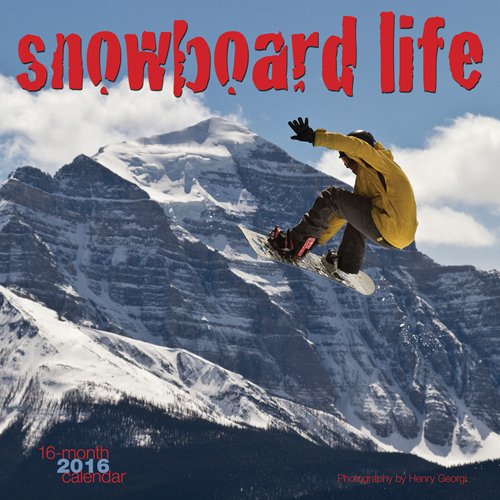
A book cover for Snowboard Life 2016 Square 12x12 Wyman; Browntrout Publishers; Sports & Outdoors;